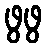
ဖွဖွ